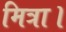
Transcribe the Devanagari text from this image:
मित्रा।